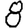
Digit: 8